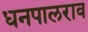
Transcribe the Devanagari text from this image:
धनपालराव